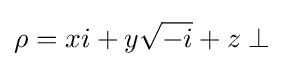
\rho =xi+y{\sqrt {-i}}+z\perp